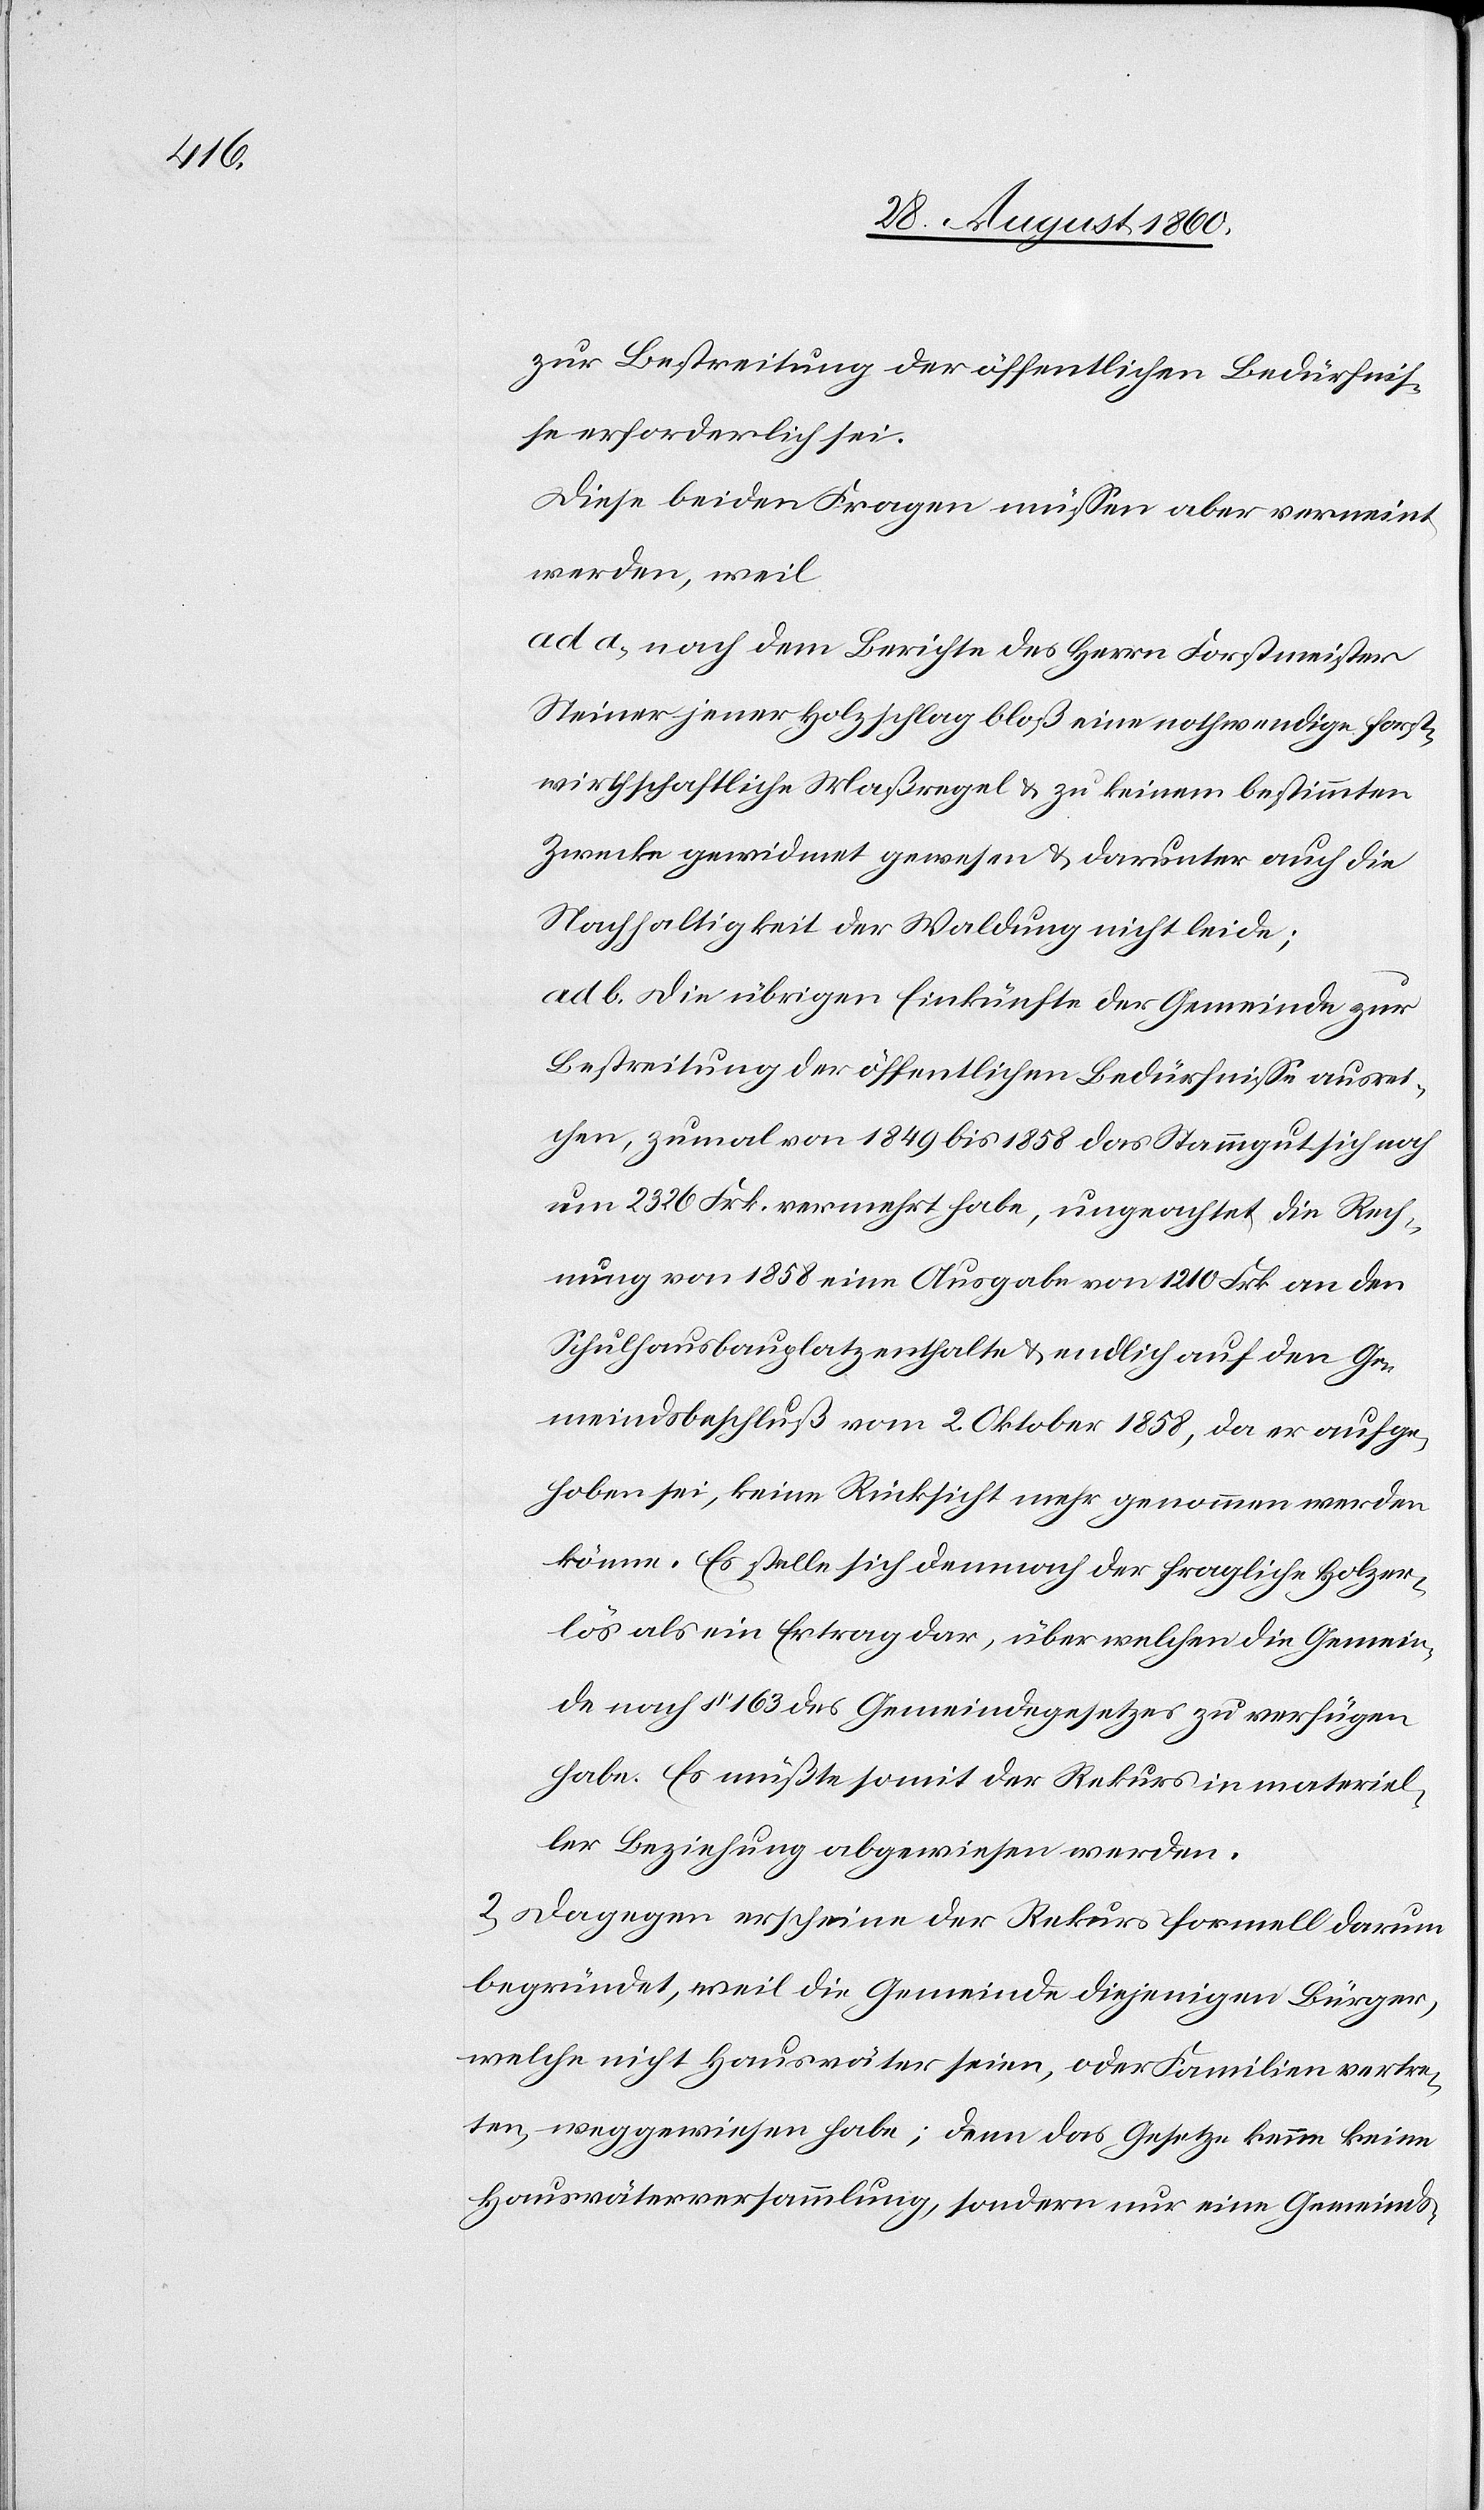
Diese beiden Fragen müssen aber verneint
werden, weil:
ad a) nach dem Berichte des Hrn. Forstmeister
Steiner jener Holzschlag bloss eine nothwendige forst¬
wirthschaftliche Massregel u. zu keinem bestimmten
Zwecke gewidmet gewesen u. darunter auch die
Nachhaltigkeit der Waldung nicht leide;
ad b) die übrigen Einkünfte der Gemeinde zur
Bestreitung der öffentlichen Bedürfnisse ausrei¬
chen, zumal von 1849 bis 1858 das Stammgut sich noch
um 2326 Frk. vermehrt habe, ungeachtet die Rech¬
nung von 1858 eine Ausgabe von 1210 fcs. an den
Schulhausbauplatz enthalte u. endlich auf den Ge¬
meindsbeschluss vom 2. Oktober 1858, da er aufge¬
hoben sei, keine Rücksicht mehr genommen werden
könne. Es stelle sich demnach der fragliche Holzer¬
lös als ein Ertrag dar, über welchen die Gemein¬
de nach §. 163 des Gemeindegesetzes zu verfügen
habe. Es müsste somit der Rekurs in materiel¬
ler Beziehung abgewiesen werden.
2) Dagegen erscheine der Rekurs formell darum
begründet, weil die Gemeinde diejenigen Bürger,
welche nicht Hausväter seien oder Familien vertre¬
ten, weggewiesen habe; denn das Gesetz kenne keine
Hausväterversammlung, sondern nur eine Gemeindsver-